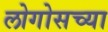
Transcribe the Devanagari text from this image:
लोगोसच्या